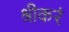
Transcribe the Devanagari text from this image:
श्रीकरं